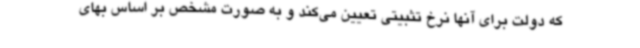
که دولت برای آنها نرخ تثبیتی تعیین می‌کند و به صورت مشخص بر اساس بهای